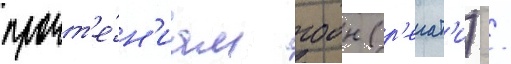
прочт'е́н'иам гоон (р'егат'и) /